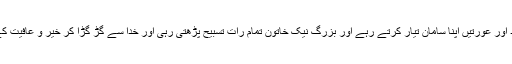
اس رات حویلی میں موجود مرد اور عورتیں اپنا سامان تیار کرتے رہے اور بزرگ نیک خاتون تمام رات تسبیح پڑھتی رہی اور خدا سے گڑ گڑا کر خیر و عافیت کے سفر کی دعائیں مانگتی رہی۔